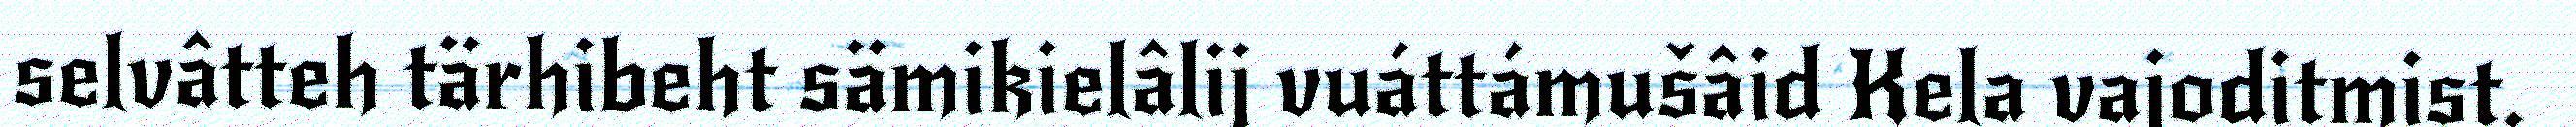
selvâtteh tärhibeht sämikielâlij vuáttámušâid Kela vajoditmist.